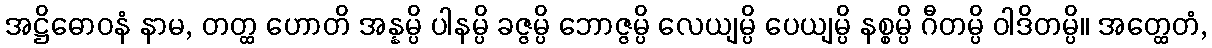
အဋ္ဌိဓောဝနံ နာမ, တတ္ထ ဟောတိ အန္နမ္ပိ ပါနမ္ပိ ခဇ္ဇမ္ပိ ဘောဇ္ဇမ္ပိ လေယျမ္ပိ ပေယျမ္ပိ နစ္စမ္ပိ ဂီတမ္ပိ ဝါဒိတမ္ပိ။ အတ္ထေတံ,